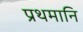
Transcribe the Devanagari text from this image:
प्रथमानि